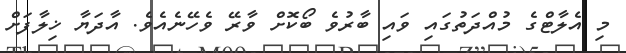
މި އެލާޓްގެ މުއްދަތުގައި ވައި ބާރުވެ ބޯކޮށް ވާރޭ ވެހޭނެއެވެ. އާދަޔާ ޚިލާފަށް